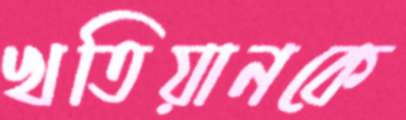
খতিয়ানকে